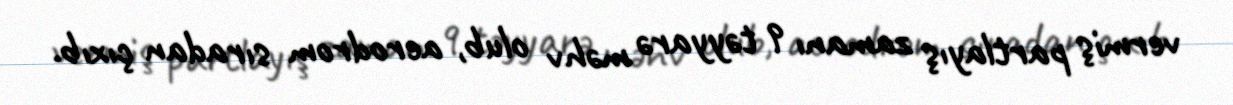
vermiş partlayış zamanı 9 təyyarə məhv olub, aerodrom sıradan çıxıb.